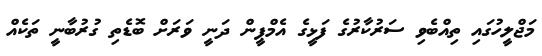
މަޖްލީހުގައި ތިއްބެވި ސަރުކާރުގެ ފަޅީގެ އެމްޕީން ދަނީ ވަރަށް ބޮޑެތި ގުރުބާނީ ތަކެއް